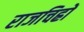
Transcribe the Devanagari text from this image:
राजचिह्रों